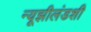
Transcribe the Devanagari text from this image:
न्यूझीलंडशी